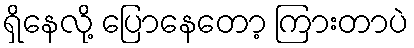
ရှိနေလို့ ပြောနေတော့ ကြားတာပဲ